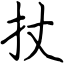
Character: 扙